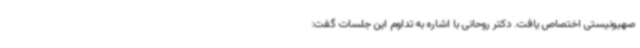
صهیونیستی اختصاص یافت. دکتر روحانی با اشاره به تداوم این جلسات گفت: